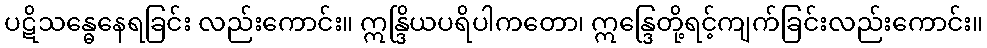
ပဋိသန္ဓေနေရခြင်း လည်းကောင်း။ ဣန္ဒြိယပရိပါကတော၊ ဣန္ဒြေတို့ရင့်ကျက်ခြင်းလည်းကောင်း။